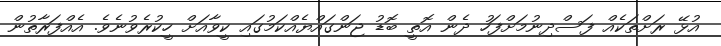
އުޅޭ ރަށްތަކެއް ފަސްދިނުމަށްފަހު ދެން އޮތީ ބޮޑު ޖަންގައްޔެއްކަމުގައި ކީވާއަށް ހީކުރެވުނެވެ. އެއްފަރާތުން